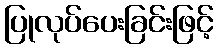
ပြုလုပ်ပေးခြင်းဖြင့်